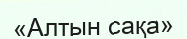
«Алтын сақа»